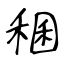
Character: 稛